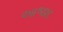
આજાદ